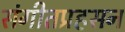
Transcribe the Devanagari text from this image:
संगीतप्रहसन